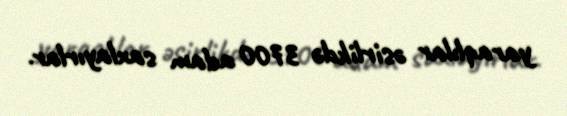
yaraqlılar əsirlikdə 3700 adam saxlayırlar.